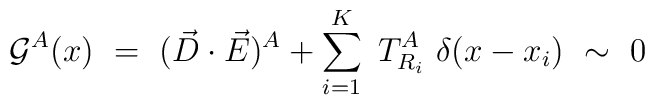
{\cal G}^A(x)~=~(\vec D\cdot \vec E)^A+\sum_{i=1}^K~T^A_{R_i}~\delta(x-x_i)~\sim ~0